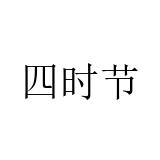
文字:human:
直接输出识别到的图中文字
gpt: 四时节